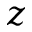
z